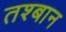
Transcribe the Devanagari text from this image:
तश्बान